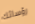
رؤسائك